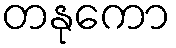
တနုကော